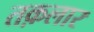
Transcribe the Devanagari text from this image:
तक़लार